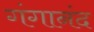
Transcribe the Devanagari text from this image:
गंगानंद